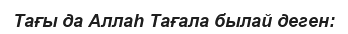
Тағы да Аллаһ Тағала былай деген: